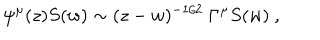
\psi ^ { \mu } ( z ) S ( w ) \sim ( z - w ) ^ { - 1 / 2 } \ \Gamma ^ { \mu } S ( w ) \ ,